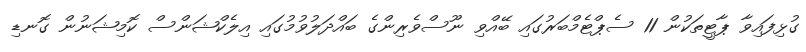
ގުޅިފައިވާ ޕާޓީތަކުން 11 ސެޕްޓެމްބަރުގައި ބޭއްވި ނޫސްވެރިންގެ ބައްދަލުވުމުގައި އިލެކްޝަންސް ކޮމިޝަނުން ގޮނޑި